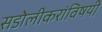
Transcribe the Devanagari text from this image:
सडोलीकरांविषयी